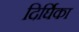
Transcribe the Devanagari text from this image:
दिर्घिका